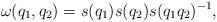
LaTeX: \begin{align*}\omega(q_1,q_2) = s(q_1)s(q_2)s(q_1q_2)^{-1},\end{align*}